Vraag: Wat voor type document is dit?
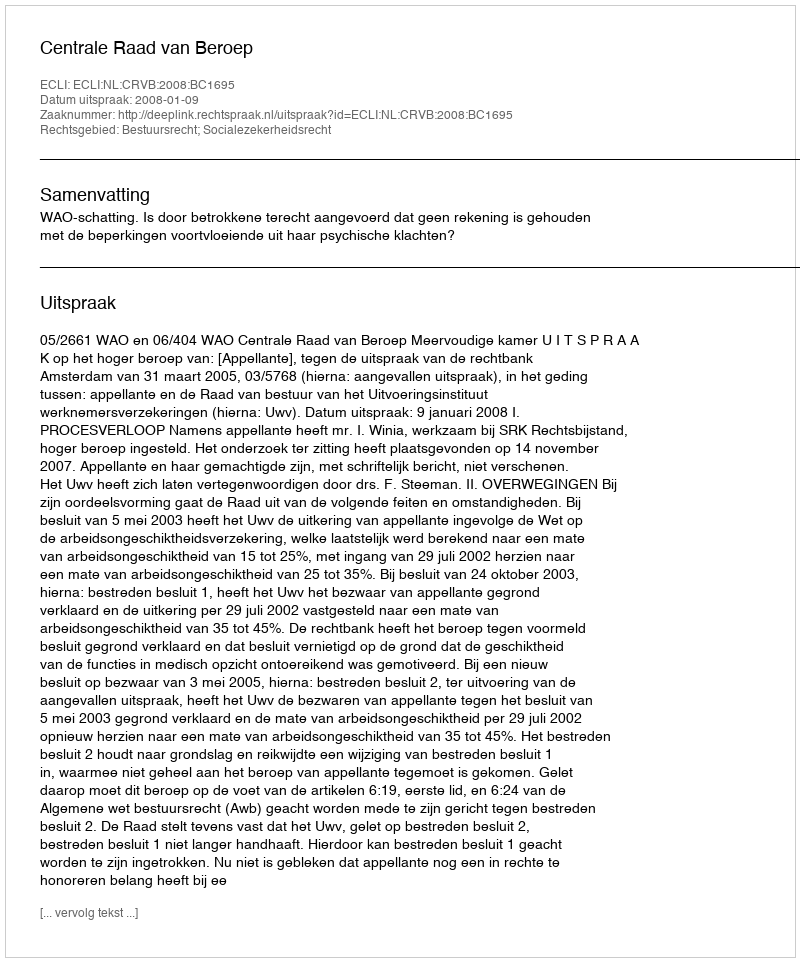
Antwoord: Uitspraak